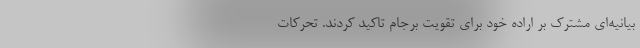
بیانیه‌ای مشترک بر اراده خود برای تقویت برجام تاکید کردند. تحرکات